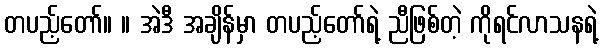
တပည့်တော်။ ။ အဲဒီ အချိန်မှာ တပည့်တော်ရဲ့ ညီဖြစ်တဲ့ ကိုရင်လာသနရဲ့